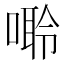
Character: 𠻠